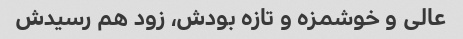
عالی و خوشمزه و تازه بودش، زود هم رسیدش